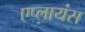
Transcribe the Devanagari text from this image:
एप्लायंस